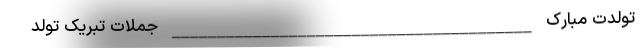
تولدت مبارک ________________________________________ جملات تبریک تولد